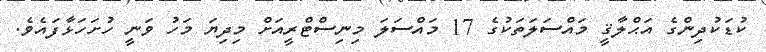
ކުޑަކުދިންގެ އަޙްލާޤީ މައްސަލަތަކުގެ 17 މައްސަލަ މިނިސްޓްރީއަށް މިދިޔަ މަހު ވަނީ ހުށަހަޅާފައެވެ.